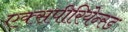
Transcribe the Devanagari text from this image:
एक्सपीरियेन्स्ड